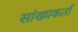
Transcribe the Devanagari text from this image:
सांख्यकर्ता